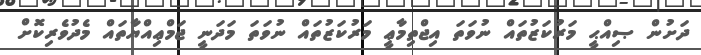
ދަށުން ޞިއްޙީ މަރުކަޒުތައް ނުވަތަ އިޖްތިމާޢީ މަރުކަޒުތައް ނުވަތަ މަދަނީ ޖަމްޢިއްޔާތައް މެދުވެރިކޮށް